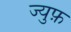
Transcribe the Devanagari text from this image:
ज्युफ़